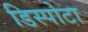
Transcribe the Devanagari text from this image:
डिस्पोटा